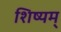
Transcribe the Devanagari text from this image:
शिष्यम्